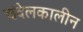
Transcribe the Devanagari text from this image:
चंदेलकालीन